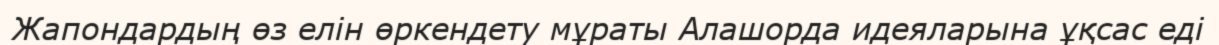
Жапондардың өз елін өркендету мұраты Алашорда идеяларына ұқсас еді